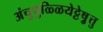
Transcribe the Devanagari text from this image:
अंचुपुळ्ळियेट्टेषु़त्तु